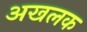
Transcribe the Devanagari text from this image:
अखलक